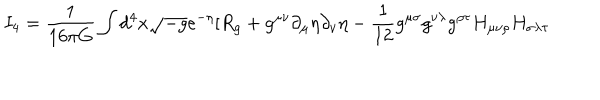
I _ { 4 } = \frac { 1 } { 1 6 \pi G } \int d ^ { 4 } x \sqrt { - g } e ^ { - \eta } [ R _ { g } + g ^ { \mu \nu } \partial _ { \mu } \eta \partial _ { \nu } \eta - \frac { 1 } { 1 2 } g ^ { \mu \sigma } g ^ { \nu \lambda } g ^ { \rho \tau } H _ { \mu \nu \rho } H _ { \sigma \lambda \tau }